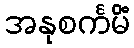
အနုစင်္ကမိံ